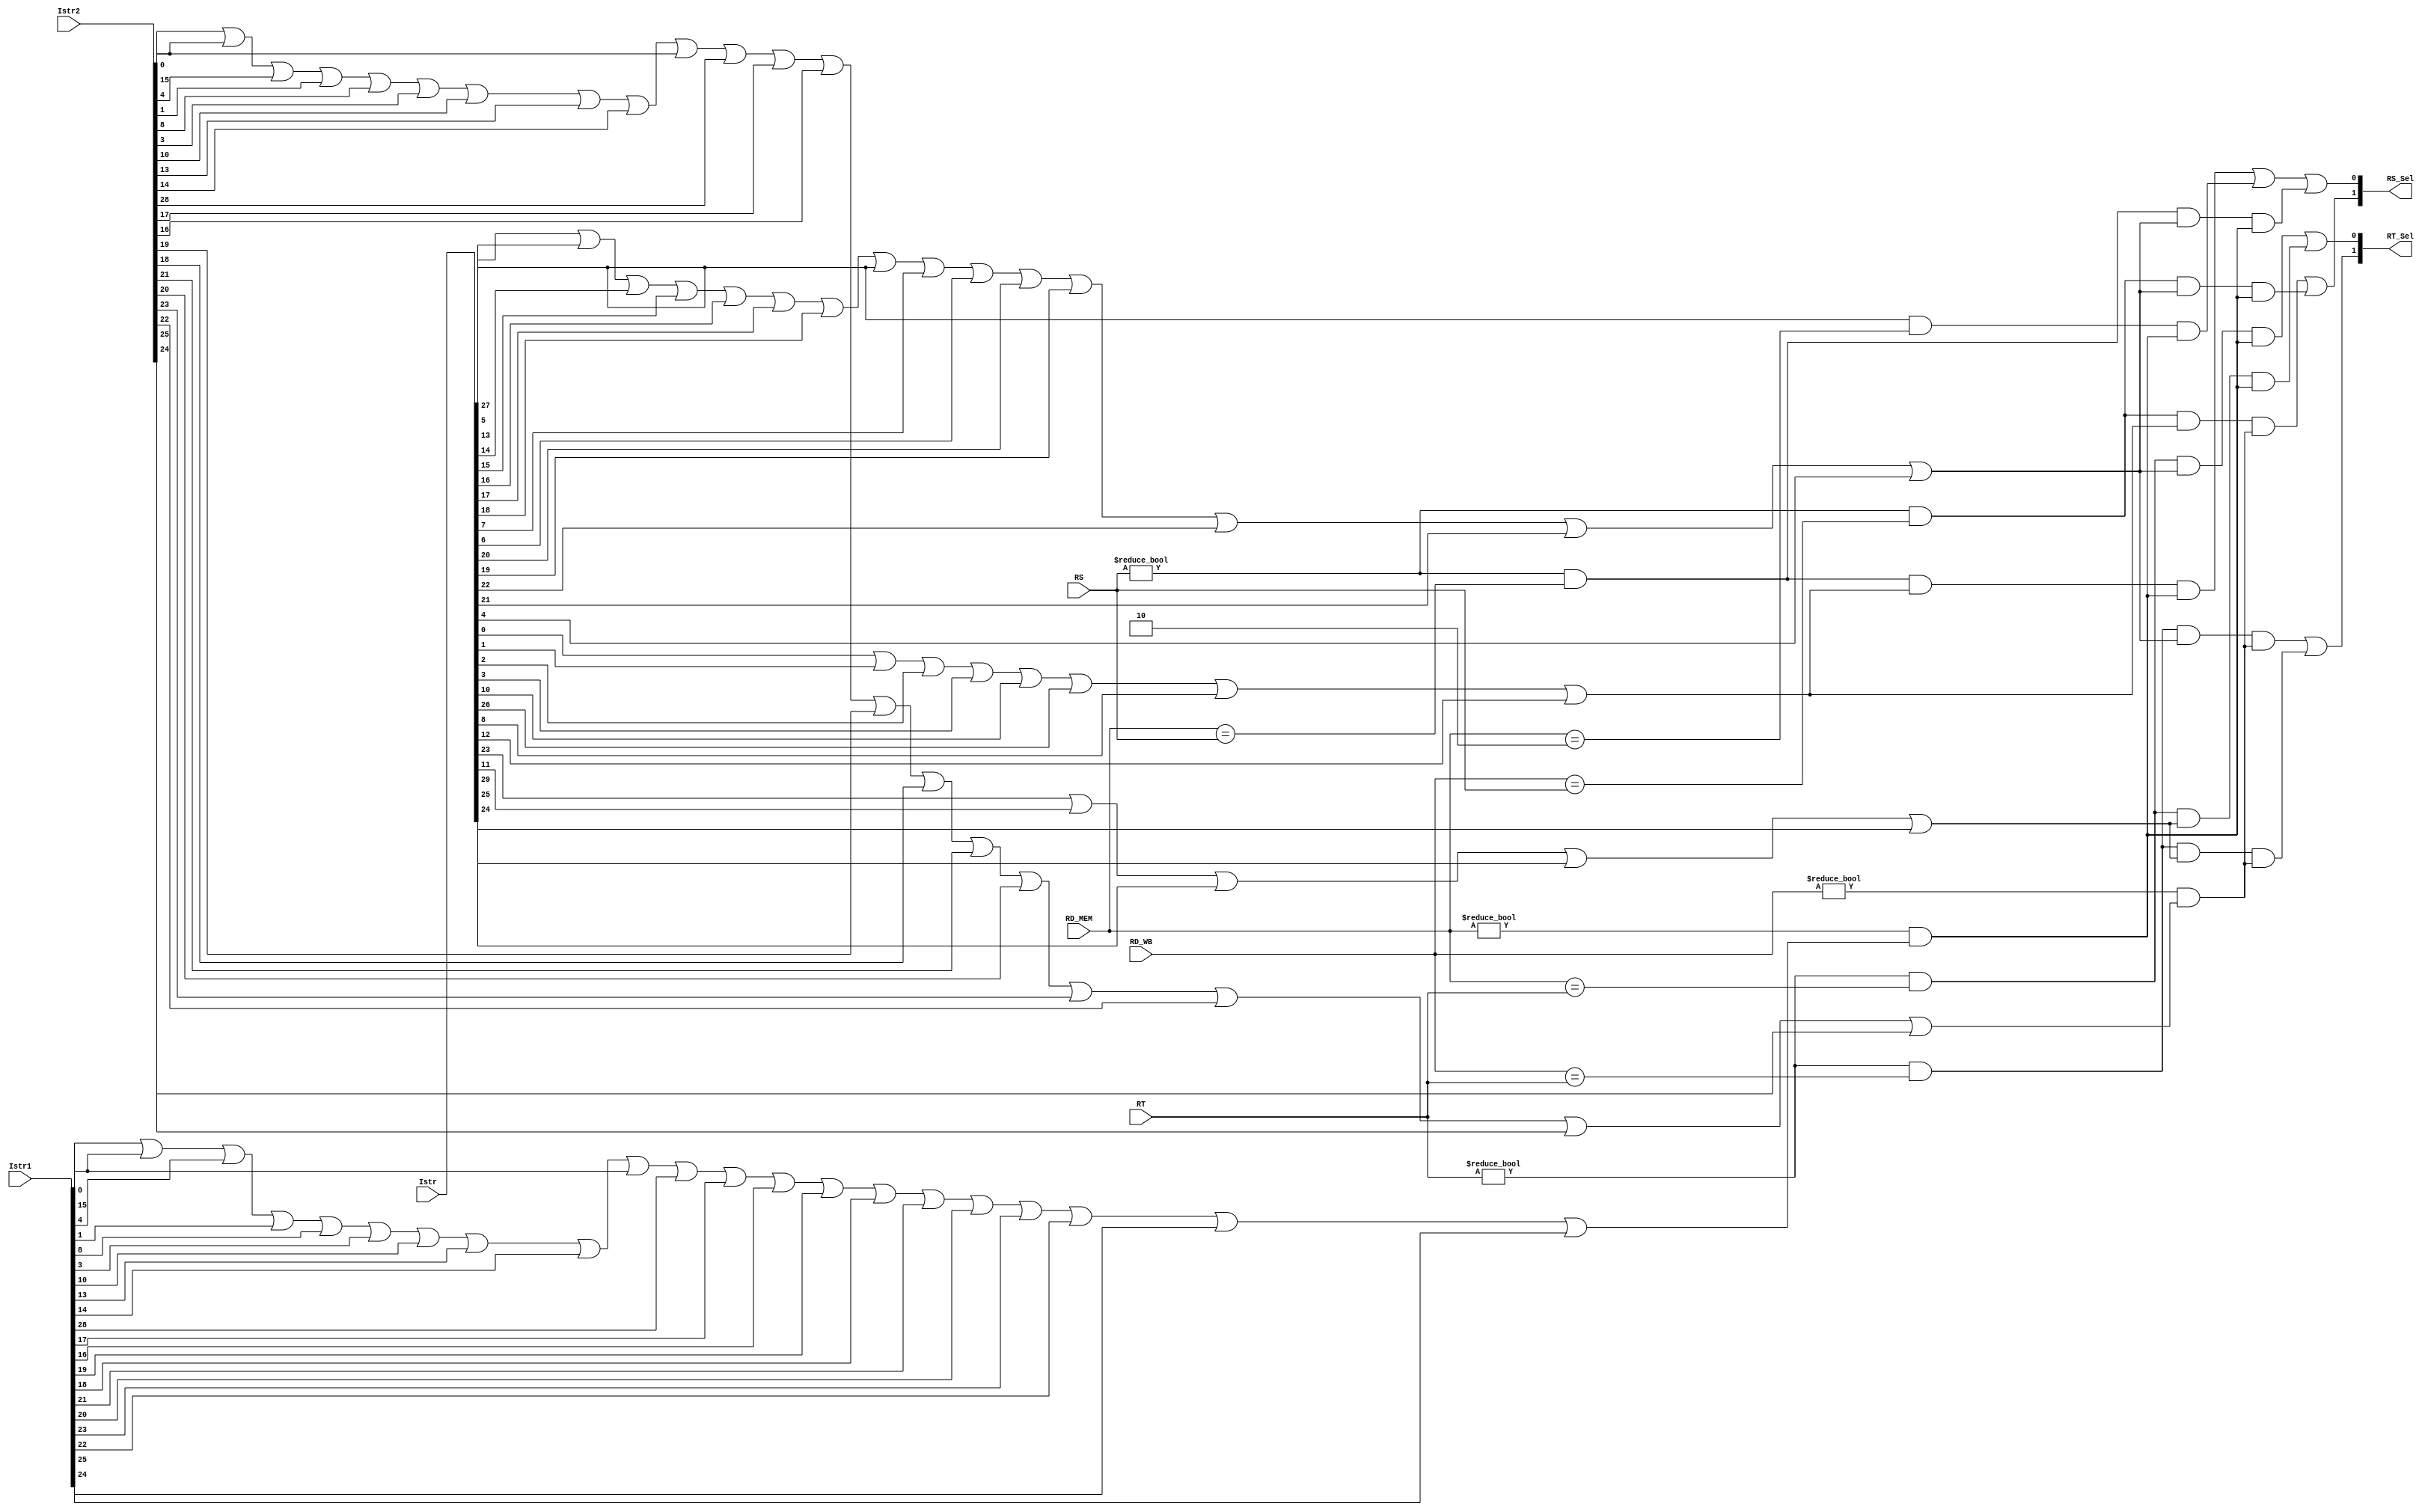
`timescale 1ns / 1ps
//////////////////////////////////////////////////////////////////////////////////
// Company: 
// Engineer: 
// 
// Design Name: 
// Module Name: Redirect
// Project Name: 
// Target Devices: 
// Tool Versions: 
// Description: 
// 
// Dependencies: 
// 
// Revision:
// Revision 0.01 - File Created
// Additional Comments:
// 
//////////////////////////////////////////////////////////////////////////////////


module Redirect(RS, RT, RD_MEM, RD_WB, Istr, Istr1, Istr2, RT_Sel, RS_Sel);
	input [4:0] RS, RT, RD_MEM, RD_WB;
	input [29:0] Istr, Istr1, Istr2;
	output [1:0] RT_Sel, RS_Sel;

	wire addi,addiu,andi,ori,lw,sw,beq,bne,slti,j,jal,sb,bltz,add,addu,_and,sub,_or,_nor,slt,sltu,srlv,srav,sll,sra,srl,jr,syscall,efc,etc;
	wire addi1,addiu1,andi1,ori1,lw1,sw1,beq1,bne1,slti1,j1,jal1,sb1,bltz1,add1,addu1,_and1,sub1,_or1,_nor1,slt1,sltu1,srlv1,srav1,sll1,sra1,srl1,jr1,syscall1,efc1,etc1;
	wire addi2,addiu2,andi2,ori2,lw2,sw2,beq2,bne2,slti2,j2,jal2,sb2,bltz2,add2,addu2,_and2,sub2,_or2,_nor2,slt2,sltu2,srlv2,srav2,sll2,sra2,srl2,jr2,syscall2,efc2,etc2;

	wire RD_RS1, RD_RT1, RD_RS2, RD_RT2;
	wire RS_RT, __RS, __RT, __RD1, __RD2;
	wire WriteReg1, WriteReg2;

	wire RT_Sel_0, RT_Sel_1, RS_Sel_0, RS_Sel_1;

	assign {etc, efc, syscall, jr ,srl, sra, sll, srav, srlv, sltu, slt, _nor, _or, sub, _and, addu, add, bltz, sb, jal, j, slti, bne, beq, sw, lw, ori, andi, addiu, addi} = Istr;
	assign {etc1, efc1, syscall1, jr1, srl1, sra1, sll1, srav1, srlv1, sltu1, slt1, _nor1, _or1, sub1, _and1, addu1, add1, bltz1, sb1, jal1, j1, slti1, bne1, beq1, sw1, lw1, ori1, andi1, addiu1, addi1} = Istr1;
	assign {etc2, efc2, syscall2, jr2, srl2, sra2, sll2, srav2, srlv2, sltu2, slt2, _nor2, _or2, sub2, _and2, addu2, add2, bltz2, sb2, jal2, j2, slti2, bne2, beq2, sw2, lw2, ori2, andi2, addiu2, addi2} = Istr2;
	
	assign RD_RS1 = (RS != 0) && (RD_MEM == RS);
	assign RD_RT1 = (RT != 0) && (RD_MEM == RT);
	assign RD_RS2 = (RS != 0) && (RD_WB == RS);
	assign RD_RT2 = (RT != 0) && (RD_WB == RT);

	assign RS_RT = sw || add || addu || _and || sub || _or || _nor || syscall || bne || beq || sltu || slt || srav || srlv || lw;
	assign __RS = addi || addiu || andi || ori || jal || jr || slti || bltz;
	assign __RT = sll || sb || etc || srl || sra;
	assign __RD1 = addi1 || _and1 || lw1 || addiu1 || slti1 || ori1 || jal1 || add1 || addu1 || _and1 || efc1 || _or1 || sub1 || slt1 || _nor1 || srlv1 || sltu1 || sll1 || srav1 || srl1 || sra1;
	assign __RD2 = addi2 || _and2 || lw2 || addiu2 || slti2 || ori2 || jal2 || add2 || addu2 || _and2 || efc2 || _or2 || sub2 || slt2 || _nor2 || srlv2 || sltu2 || sll2 || srav2 || srl2 || sra2;
	
	assign WriteReg1 = (RD_MEM != 0) && __RD1;
	assign WriteReg2 = (RD_WB != 0) && __RD2;

	assign RT_Sel_0 = (RD_RT1 && RS_RT && WriteReg1) || (RD_RT1 && __RT && WriteReg1);
	assign RT_Sel_1 = (RD_RT2 && RS_RT && WriteReg2) || (RD_RT2 && __RT && WriteReg2);
	assign RT_Sel = {RT_Sel_1, RT_Sel_0};

	assign RS_Sel_0 = (RD_RS1 && __RS && WriteReg1) || (syscall && (RD_MEM == 5'h02) && WriteReg1) || (RD_RS1 && RS_RT && WriteReg1);
	assign RS_Sel_1 = (RD_RS2 && __RS && WriteReg2) || (RD_RS2 && RS_RT && WriteReg1);
	assign RS_Sel = {RS_Sel_1, RS_Sel_0};
	
endmodule